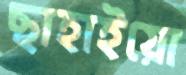
ছাহাইয়ো